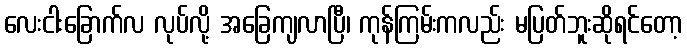
လေးငါးခြောက်လ လုပ်လို့ အခြေကျလာပြီ၊ ကုန်ကြမ်းကလည်း မပြတ်ဘူးဆိုရင်တော့